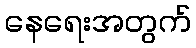
နေရေးအတွက်